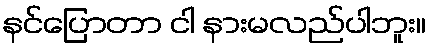
နင်ပြောတာ ငါ နားမလည်ပါဘူး။